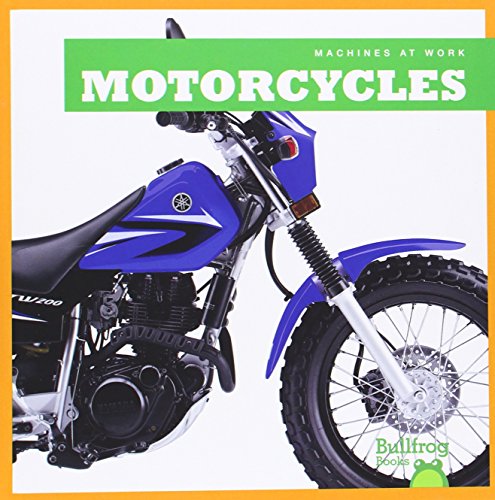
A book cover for Motorcycles (Bullfrog Books: Machines at Work); Allan Morey; Children's Books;